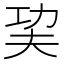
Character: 巭